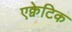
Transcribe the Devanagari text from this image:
एक्वेटिक